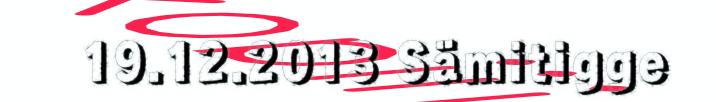
19.12.2013 Sämitigge